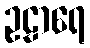
ဥဠာရေ